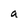
Character: a